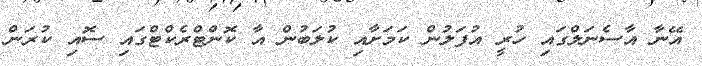
އޭނާ އާސެނަލްގައި ހުރީ އުފަލުން ކަމަށާއި ކުލަބުން އާ ކޮންޓްރެކްޓްގައި ސޮއި ކުރަން